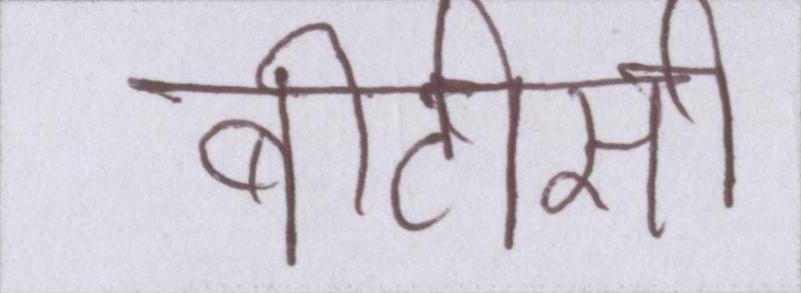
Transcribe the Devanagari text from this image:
बीटीसी